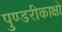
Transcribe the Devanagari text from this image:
पुण्डरीकाक्षो